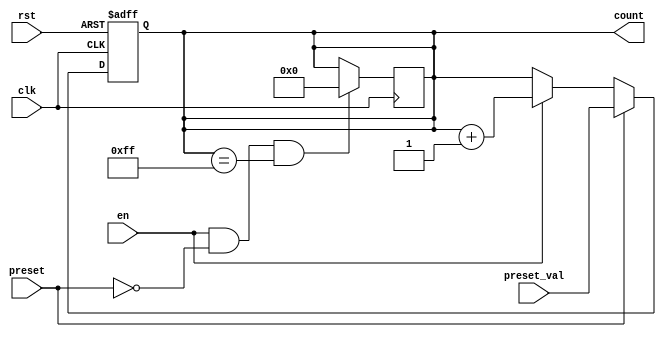
module presettable_counter #(
    parameter WIDTH = 8               // Bit-width of the counter
) (
    input wire clk,                   // Clock signal
    input wire rst,                   // Asynchronous reset signal
    input wire preset,                // Control signal for preset
    input wire [WIDTH-1:0] preset_val,// Value to load into counter
    input wire en,                    // Enable counting operation
    output reg [WIDTH-1:0] count      // Current count value
);

    // Asynchronous reset
    always @(posedge clk or posedge rst) begin
        if (rst) begin
            count <= 0;                // Reset count to zero
        end else if (preset) begin
            count <= preset_val;       // Load preset value
        end else if (en) begin
            count <= count + 1;        // Increment count
        end
    end

    // Handle wrap around
    always @(posedge clk) begin
        if (en && !preset && (count == {WIDTH{1'b1}})) begin
            count <= 0;                // Wrap around if max count reached
        end
    end

endmodule